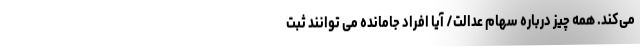
می‌کند. همه چیز درباره سهام عدالت/ آیا افراد جامانده می توانند ثبت